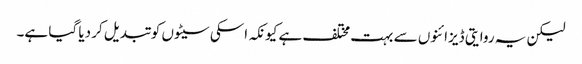
لیکن یہ روایتی ڈیزائنوں سے بہت مختلف ہے کیونکہ اسکی سیٹوں کو تبدیل کر دیا گیا ہے۔